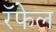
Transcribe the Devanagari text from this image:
रॅफेल